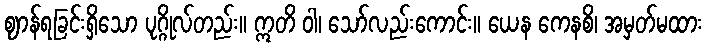
ဈာန်ရခြင်းရှိသော ပုဂ္ဂိုလ်တည်း။ ဣတိ ဝါ၊ သော်လည်းကောင်း။ ယေန ကေနစိ၊ အမှတ်မထား